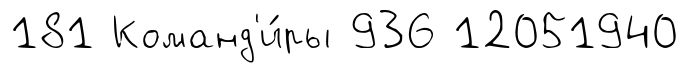
181 Команд'и́ры 936 12051940